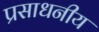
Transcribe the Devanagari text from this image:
प्रसाधनीय